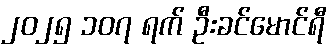
၂၀၂၅ ၁၀၇ ရက် ဦးခင်မောင်ရီ